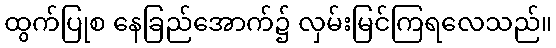
ထွက်ပြုစ နေခြည်အောက်၌ လှမ်းမြင်ကြရလေသည်။